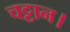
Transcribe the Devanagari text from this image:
चट्टान।